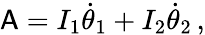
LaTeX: \mathsf{A}=I_{1}\dot{\theta}_{1}+I_{2}\dot{\theta}_{2}\, ,